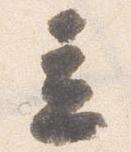
立